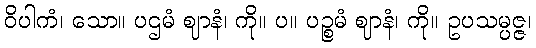
ဝိပါကံ၊ သော။ ပဌမံ ဈာနံ၊ ကို။ ပ။ ပဉ္စမံ ဈာနံ၊ ကို။ ဥပသမ္ပဇ္ဇ၊